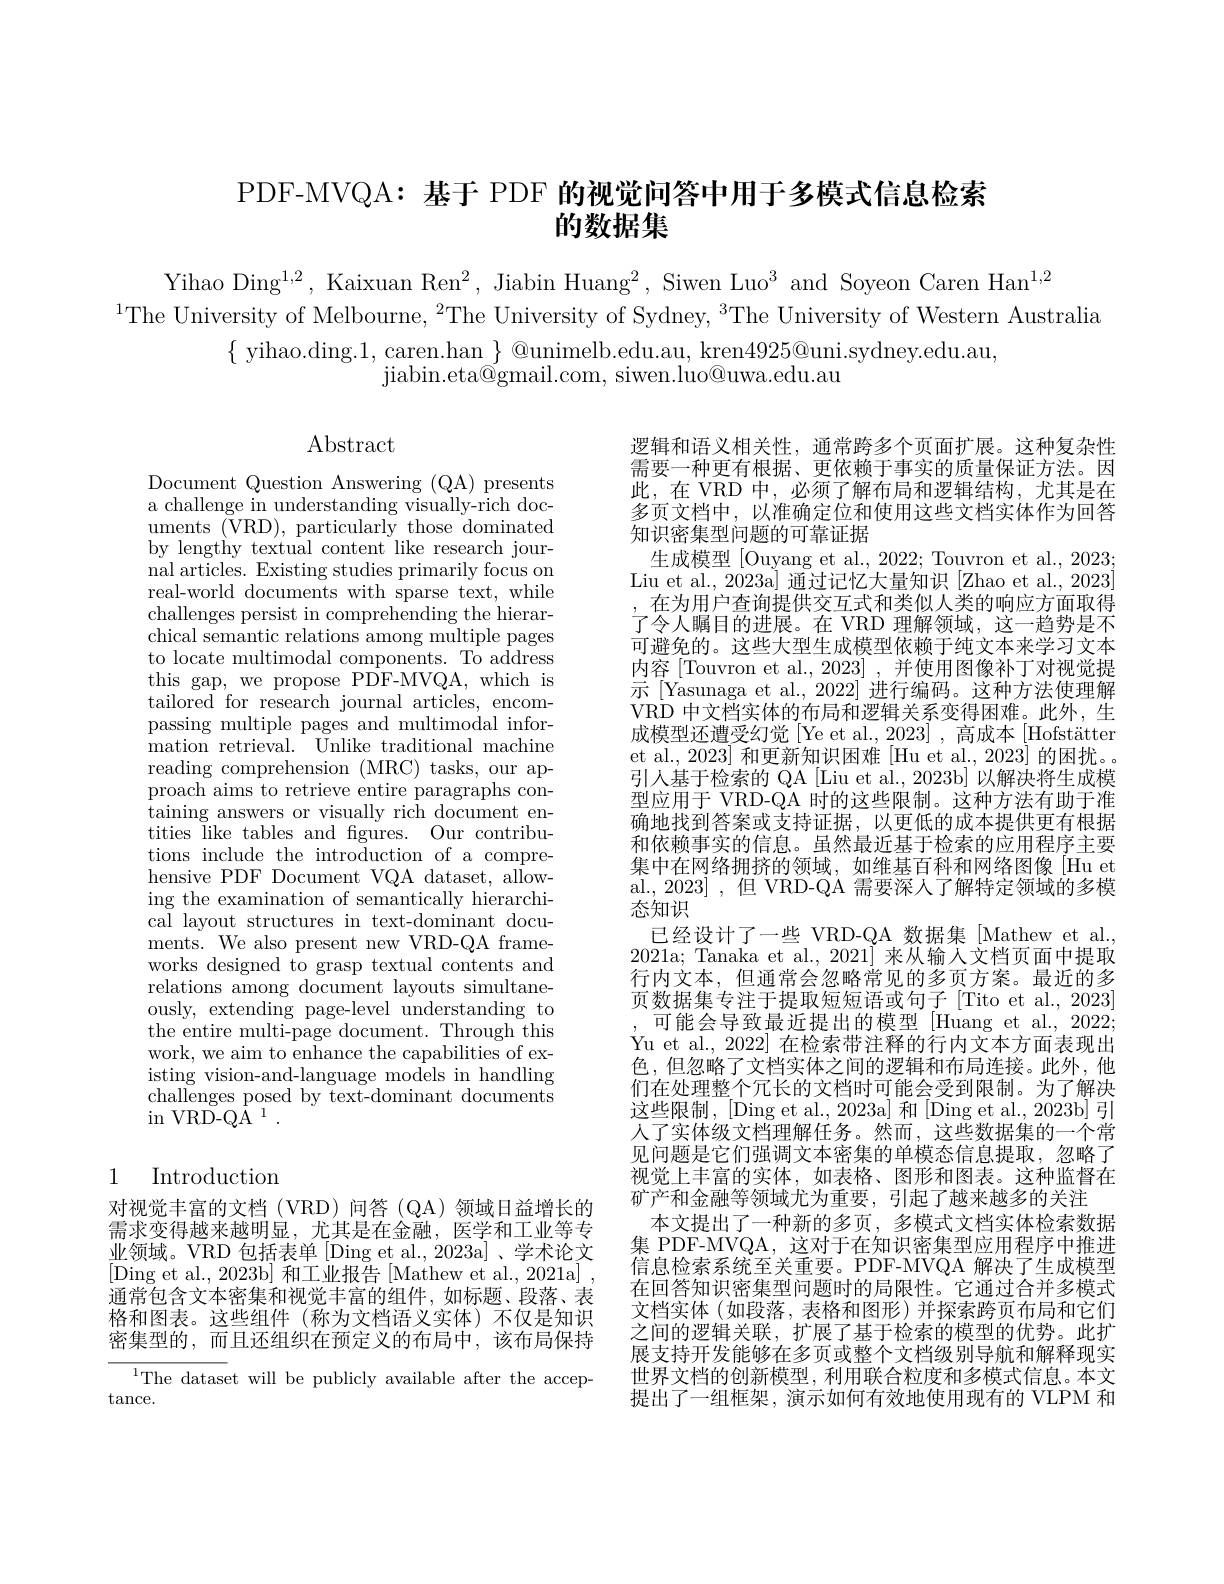
# PDF-MVQA: 基于 PDF 的视觉问答中用于多模式信息检索的数据集

Yihao Ding$^1,2$, Kaixuan Ren$^2$, Jiabin Huang$^2,\text{Siwen Luo}^3$ and Soyeon Caren Han$^1,2$
$^{1}$The University of Melbourne, $^2$The University of Sydney, $^3$The University of Western Australia
$\{\begin{array}{c}\mathrm{yihao.ding.1,~caren.han~\}~@unimelb.edu.au,~kren4925@uni.sydney.edu.au,}\\\end{array}$
jiabin. eta@ gmail. com, siwen. luo@ uwa. edu. au

$\operatorname{Abstract}$

Document Question Answering (QA) presents a challenge in understanding visually-rich documents $(\bar{\mathrm{VRD}})$, particularly those dominated by lengthy textual content like research journal articles. Existing studies primarily focus on real-world documents with sparse text, while challenges persist in comprehending the hierarchical semantic relations among multiple pages to locate multimodal components. To address this gap, we propose PDF-MVQA, which is tailored for research journal articles, encompassing multiple pages and multimodal information retrieval. Unlike traditional machine reading comprehension (MRC) tasks, our approach aims to retrieve entire paragraphs containing answers or visually rich document entities like tables and fgures. Our contributions include the introduction of a comprehensive PDF Document VQA dataset, allowing the examination of semantically hierarchical layout structures in text-dominant documents. We also present new VRD-QA frameworks designed to grasp textual contents and relations among document layouts simultaneously, extending page-level understanding to the entire multi-page document. Through this work, we aim to enhance the capabilities of existing vision-and-language models in handling challenges posed by text-dominant documents $\operatorname{in}{\mathrm{VRD-Q\bar{A}}}^{1}.$

逻辑和语义相关性，通常跨多个页面扩展。这种复杂性需要一种更有根据、更依赖于事实的质量保证方法。因此，在 VRD 中，必须了解布局和逻辑结构，尤其是在多页文档中，以准确定位和使用这些文档实体作为回答知识密集型问题的可靠证据
生成模型 [Ouyang et al., 2022; Touvron et al., 2023; Liu et al., 2023a] 通过记忆大量知识 [Zhao et al., 2023] ,在为用户查询提供交互式和类似人类的响应方面取得了令人瞩目的进展。在 VRD 理解领域，这一趋势是不可避免的。这些大型生成模型依赖于纯文本来学习文本内容 [Touvron et al., 2023] , 并使用图像补丁对视觉提示 [Yasunaga et al.,2022] 进行编码。这种方法使理解VRD 中文档实体的布局和逻辑关系变得困难。此外，生成模型还遭受幻觉[Ye et al., 2023] , 高成本 [Hofstätter et al., 2023] 和更新知识困难[Hu et al., 2023] 的困扰。。引入基于检索的 QA [Liu et al., 2023b] 以解决将生成模型应用于 VRD-QA 时的这些限制。这种方法有助于准确地找到答案或支持证据，以更低的成本提供更有根据和依赖事实的信息。虽然最近基于检索的应用程序主要集中在网络拥挤的领域，如维基百科和网络图像[Hu et] al., 2023] , 但 VRD-QA 需要深人了解特定领域的多模态知识
已经设计了一些 VRD-QA 数据集 [Mathew et al., 2021a; Tanaka et al., 2021] 来从输人文档页面中提取行内文本，但通常会忽略常见的多页方案。最近的多页数据集专注于提取短短语或句子[Tito et al., 2023]
可能会导致最近提出的模型 [Huang et al., 2022; Yu et al., 2022] 在检索带注释的行内文本方面表现出色，但忽略了文档实体之间的逻辑和布局连接。此外，他们在处理整个冗长的文档时可能会受到限制。为了解决这些限制，[Ding et al., 2023a] 和 [Ding et al., 2023b] 引人了实体级文档理解任务。然而，这些数据集的一个常见问题是它们强调文本密集的单模态信息提取，忽略了视觉上丰富的实体，如表格、图形和图表。这种监督在矿产和金融等领域尤为重要，引起了越来越多的关注
本文提出了一种新的多页，多模式文档实体检索数据集 PDF-MVQA, 这对于在知识密集型应用程序中推进信息检索系统至关重要。PDF-MVQA 解决了生成模型在回答知识密集型问题时的局限性。它通过合并多模式文档实体(如段落，表格和图形)并探索跨页布局和它们之间的逻辑关联，扩展了基于检索的模型的优势。此扩展支持开发能够在多页或整个文档级别导航和解释现实世界文档的创新模型，利用联合粒度和多模式信息。本文提出了一组框架，演示如何有效地使用现有的 VLPM 和

# 1 Introduction

对视觉丰富的文档(VRD)问答(QA)领域日益增长的需求变得越来越明显，尤其是在金融，医学和工业等专业领域。VRD 包括表单 [Ding et al., 2023a]、学术论文[Ding et al., 2023b] 和工业报告 [Mathew et al., 2021a] , 通常包含文本密集和视觉丰富的组件，如标题、段落、表格和图表。这些组件(称为文档语义实体)不仅是知识密集型的，而且还组织在预定义的布局中，该布局保持
$^{1}$The dataset will be publicly available after the accep-

$\tan$ce.